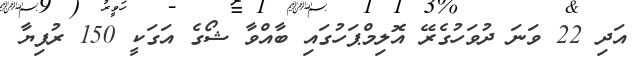
އަދި 22 ވަނަ ދުވަހުގެރޭ އޮލިމްޕަހުގައި ބާއްވާ ޝޯގެ އަގަކީ 150 ރުފިޔާ